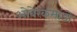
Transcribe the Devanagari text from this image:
ओबेरकमांडो